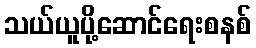
သယ်ယူပို့ဆောင်ရေးစနစ်